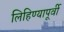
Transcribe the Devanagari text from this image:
लिहिण्‍यापूर्वी